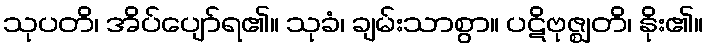
သုပတိ၊ အိပ်ပျော်ရ၏။ သုခံ၊ ချမ်းသာစွာ။ ပဋိဗုဇ္ဈတိ၊ နိုး၏။